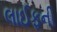
લાઈફની